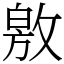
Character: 敫